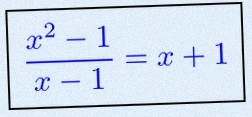
\frac{x^2-1}{x-1}=x+1